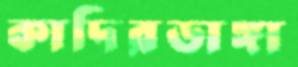
কাদিরডাঙ্গা